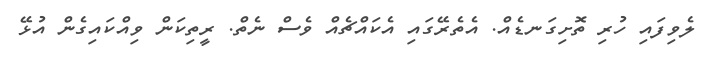
ލެވިފައި ހުރި ތޮށިގަނޑެއް. އެތެރޭގައި އެކައްޗެއް ވެސް ނެތް. ރީތިކަން ވިއްކައިގެން އުޅޭ